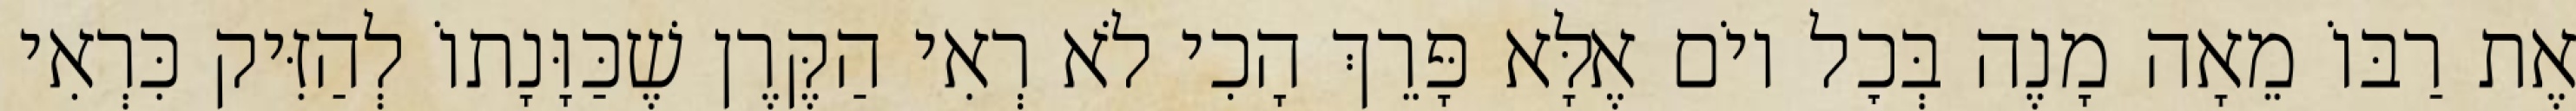
אֶת רַבּוֹ מֵאָה מָנֶה בְּכׇל יוֹם אֶלָּא פָּרֵךְ הָכִי לֹא רְאִי הַקֶּרֶן שֶׁכַּוָּנָתוֹ לְהַזִּיק כִּרְאִי